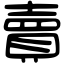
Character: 賣